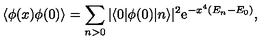
\langle \phi ( x ) \phi ( 0 ) \rangle = \sum _ { n > 0 } | \langle 0 | \phi ( 0 ) | n \rangle | ^ { 2 } \mathrm { e } ^ { - x ^ { 4 } ( E _ { n } - E _ { 0 } ) } ,